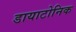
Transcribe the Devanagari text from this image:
डायाटोनिक